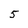
Character: 5